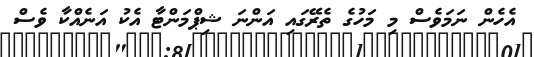
އެހެން ނަމަވެސް މި މަހުގެ ތެރޭގައި އަންނަ ޝިޕްމަންޓާ އެކު އަނެއްކާ ވެސް